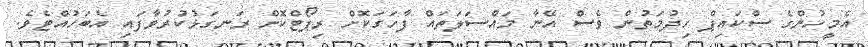
އެމީހުންގެ ސްކައިޕް ހިދުމަތުން ވެސް އޭނާ މައްސަލަތައް ފާހަގަކޮށް ރިޕޯޓްކޮށް ރަނގަޅުކުރުވާފައި އެބަހުއްޓެވެ.